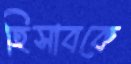
হিসাবকে